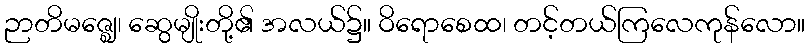
ဉာတိမဇ္ဈေ၊ ဆွေမျိုးတို့၏ အလယ်၌။ ဝိရောစေထ၊ တင့်တယ်ကြလေကုန်လော။